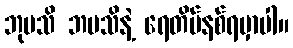
ဘုမသိ ဘမသိနဲ့ ရေတိမ်နစ်ရမှာပါ။